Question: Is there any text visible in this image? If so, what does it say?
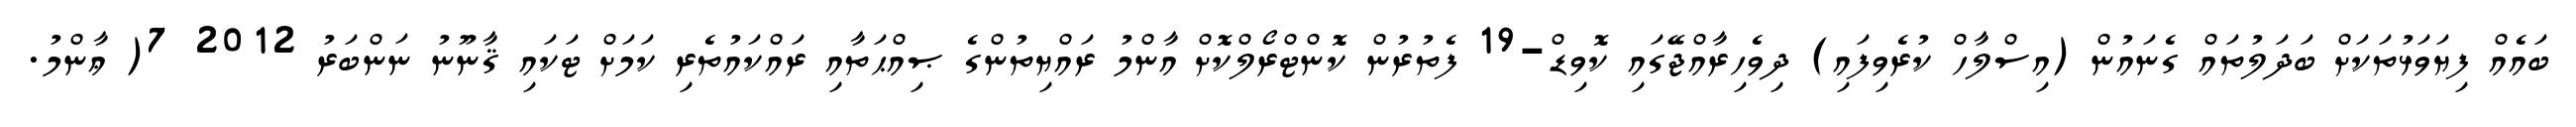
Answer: ބައެއް ފިޔަވަޅުތަކަށް ބަދަލުތައް ގެނައުން (އިސްލާހް ކުރެވިފައި) ދިވެހިރާއްޖޭގައި ކޮވިޑް-19 ފެތުރުން ކޮންޓްރޯލްކޮށް އާންމު ރައްޔިތުންގެ ޞިއްޙަތާއި ރައްކައުތެރި ކަމަށް ޓަކައި ޤާނޫނު ނަންބަރު 2012 7( ޢާންމު.